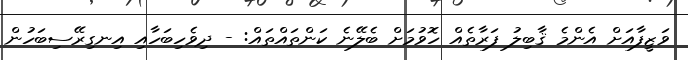
ވަޒީފާއަށް އެންމެ ޤާބިލު ފަރާތެއް ހޮވުމަށް ބެލޭނެ ކަންތައްތައް: - ދިވެހިބަހާއި އިނގިރޭސިބަހުން